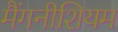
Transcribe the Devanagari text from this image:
मैंगनीशियम